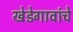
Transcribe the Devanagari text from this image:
खेडेगावांचे